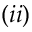
( i i )